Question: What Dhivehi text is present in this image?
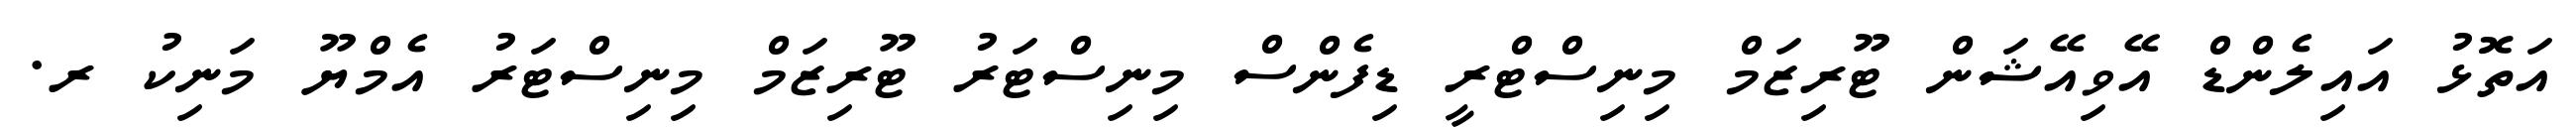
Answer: އަތޮޅު އައިލެންޑް އޭވިއޭޝަން ޓޫރިޒަމް މިނިސްޓްރީ ޑިފެންސް މިނިސްޓަރު ޓޫރިޒަމް މިނިސްޓަރު އެމްޔޫ މަނިކު ރ.